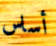
أساس